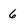
Character: 6